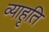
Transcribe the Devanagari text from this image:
व्याहृति